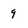
Character: 9